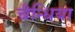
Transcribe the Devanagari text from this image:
चैन्धिया